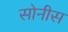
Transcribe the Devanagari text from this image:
सोनीस